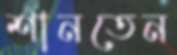
শানতেন